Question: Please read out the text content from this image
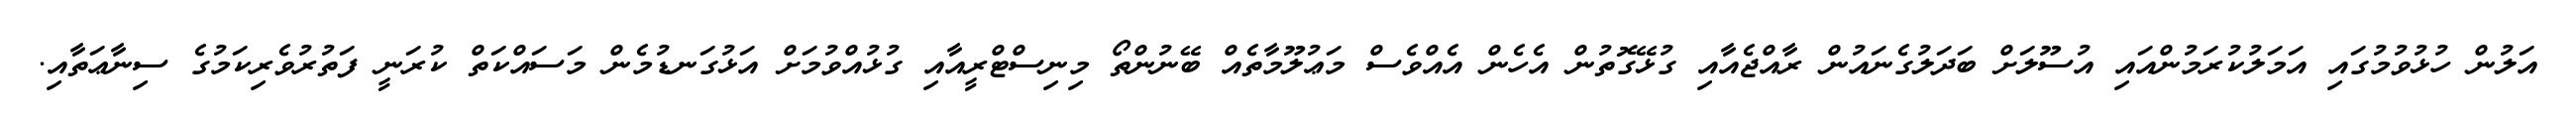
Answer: އަލުން ހުޅުވުމުގައި އަމަލުކުރަމުންއައި އުސޫލަށް ބަދަލުގެނައުން ރާއްޖެއާއި ގުޅޭގޮތުން އެހެން އެއްވެސް މަޢުލޫމާތެއް ބޭނުންތޯ މިނިސްޓްރީއާއި ގުޅުއްވުމަށް އަޅުގަނޑުމެން މަސައްކަތް ކުރަނީ ފަތުރުވެރިކަމުގެ ސިނާޢަތާއި.